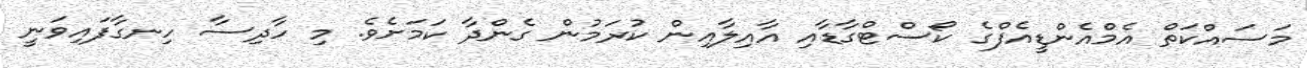
މަަސައްކަތް އެމްއެންޑީއެފްގެ ކޯސްޓްގާޑާއި އާއިލާއިން ކުރަމުން ގެންދާ ކަމަށެވެ. މި ހާދިސާ ހިނގާފައިވަނީ